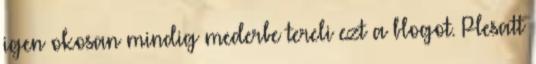
igen okosan mindig mederbe tereli ezt a blogot. Plesatt